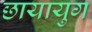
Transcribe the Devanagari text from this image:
छायायुग